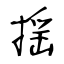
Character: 揺